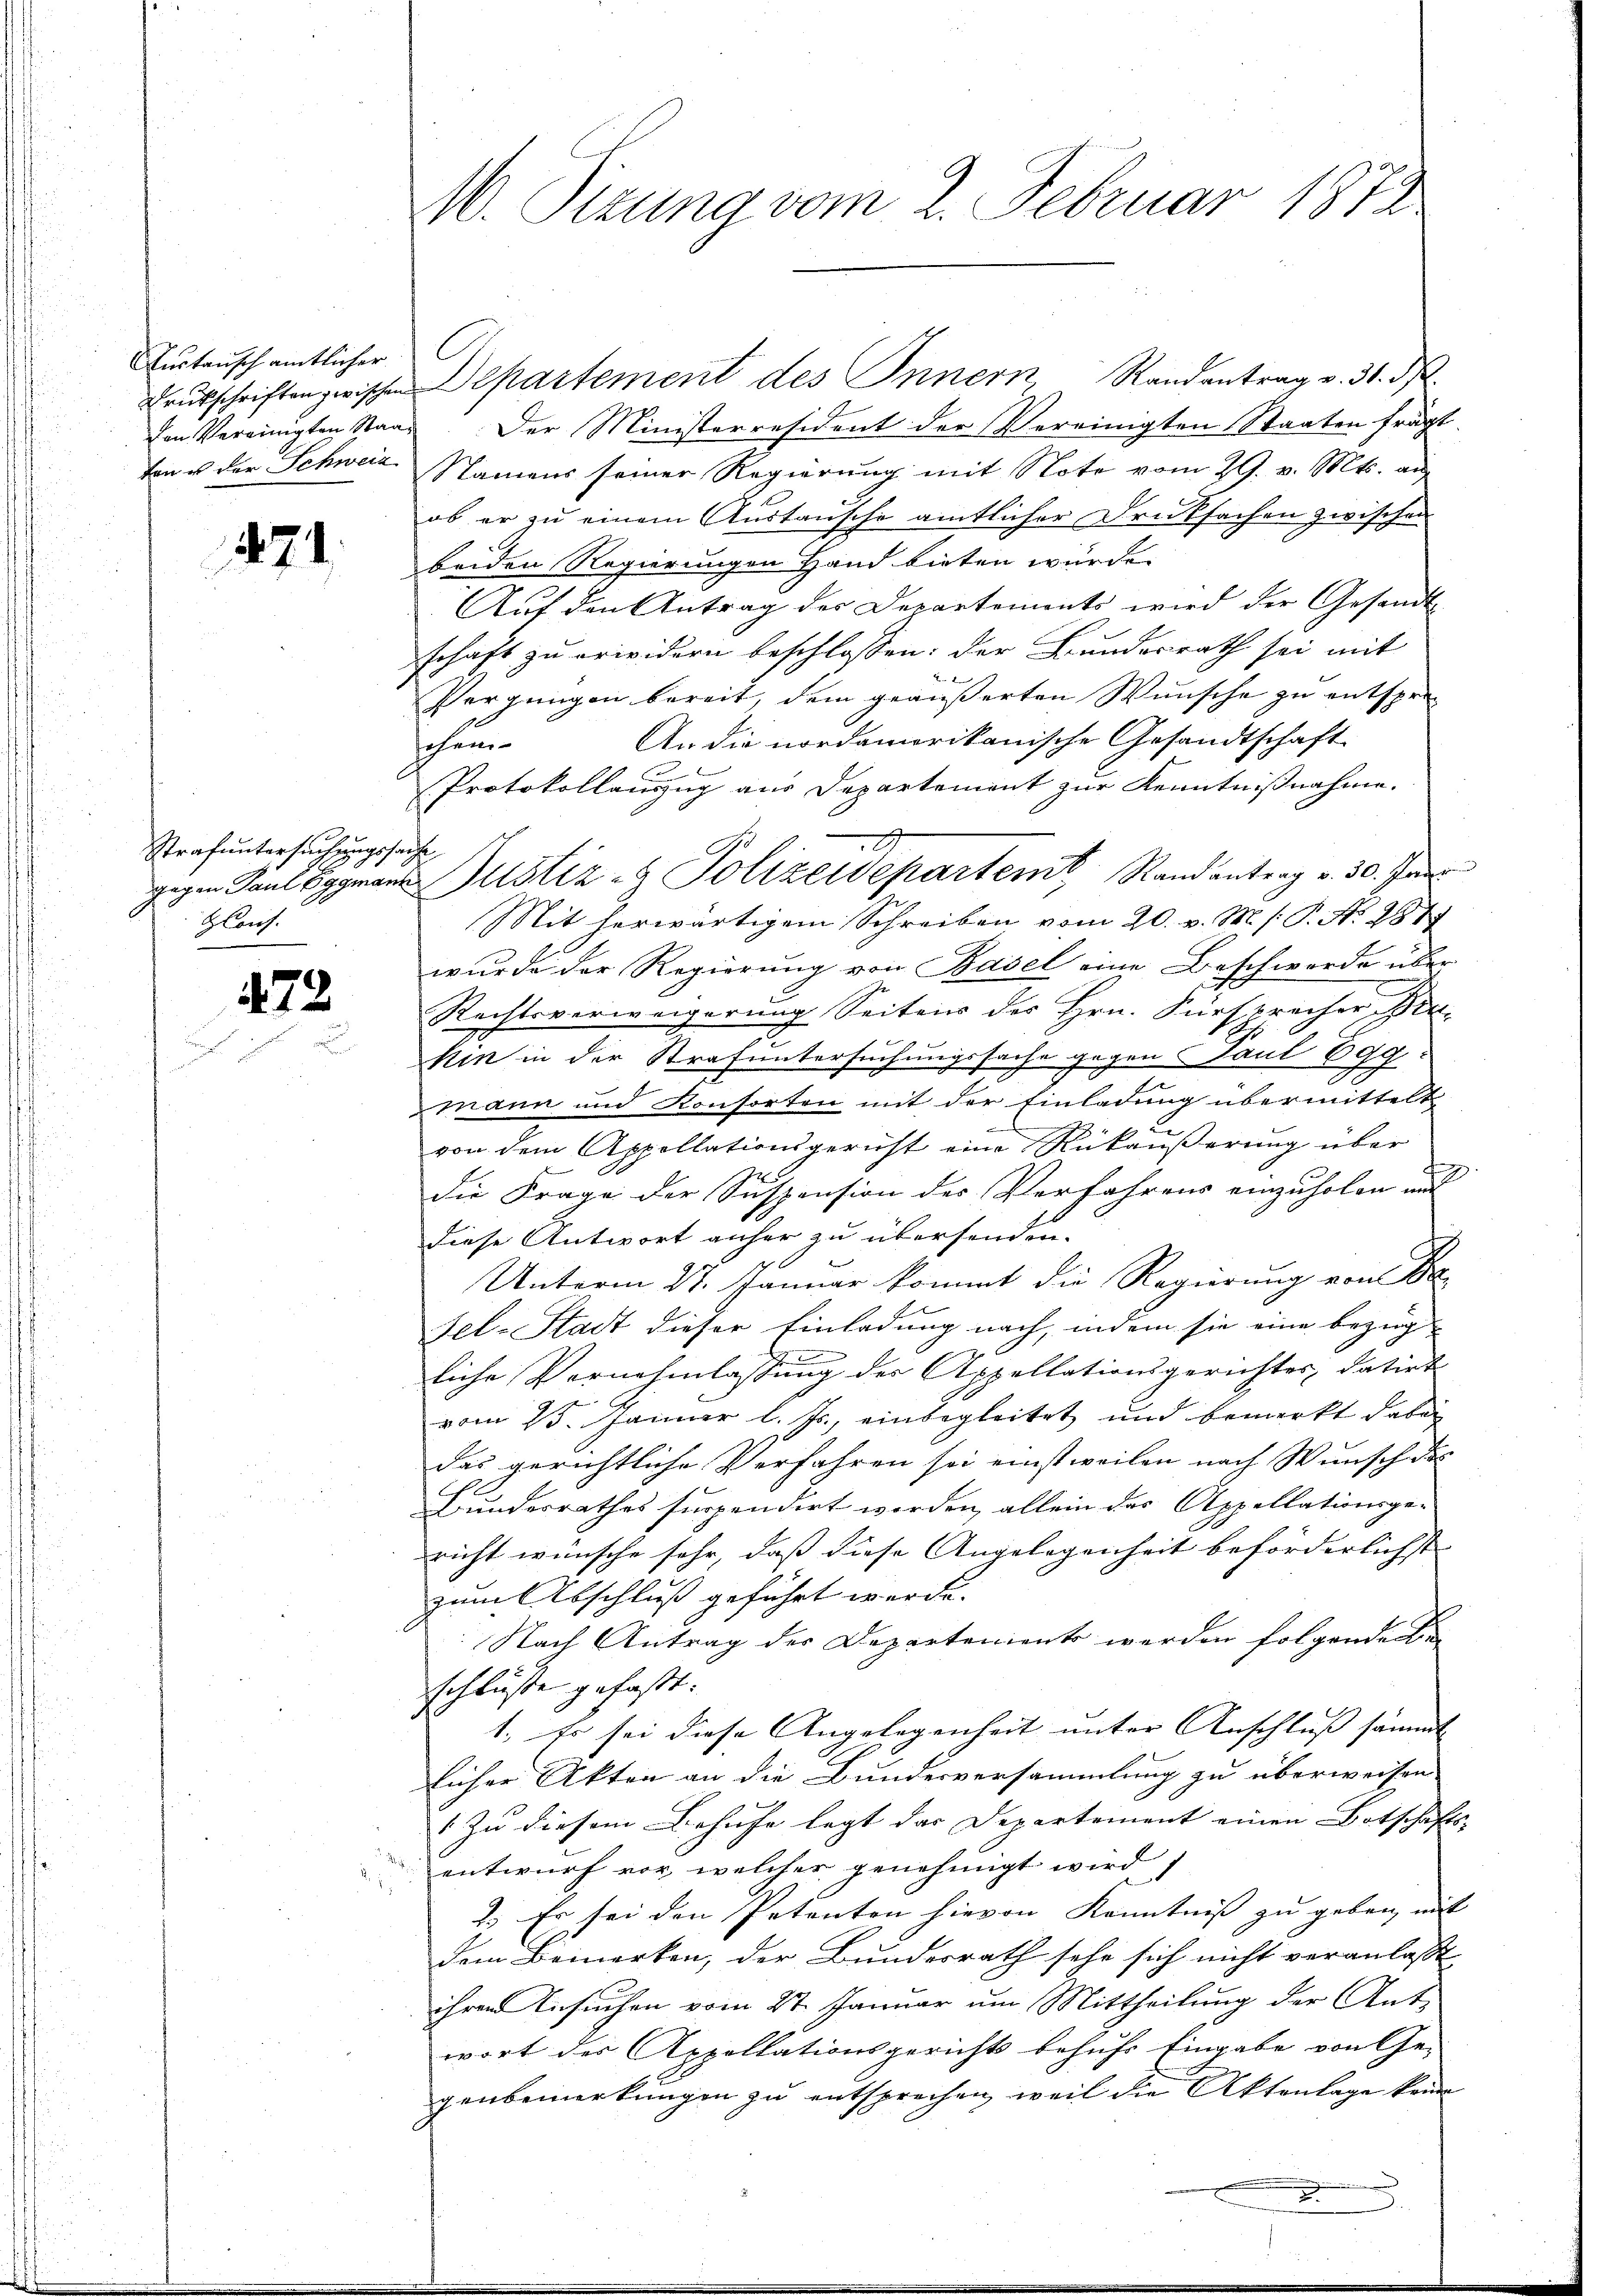
Gurtenschamtlicher

1471.

Strafuntersuchungssache
gegen Paul Eggmanz
lauch

472.

M. Sizung vom 2. Februar 1872

Drukschriften zwischen Departement des Innern, Randantrag v. 31. d.
den Vereinigten Staat. Der Ministerresident der Vereinigten Staaten frägt.
ton us der Schweiz Namens seiner Regierung mit Note vom 29. v. Mts. an
ob er zu einem Austausche amtlicher Drucksachen zwischen
beiden Regierungen Hand bieten würde.
Auf den Antrag der Departements wird der Gesandts
schaft zu erwidern beschlossen: der Bundesrath sei mit
Pergnügen bereit, dem geäußerten Wunsche zu entspre¬
An die nordamerikanische Gesandtschaft
schein
B
Protokollanzug aus Departement zur Kenntnißnahme.
Mit herwärtigem Schreiben vom 20. v. M. h. T. No 287
wurde der Regierung von Basel eine Beschwerde über
s
2
Rechtsverweigerung Seitens des Hrn. Fürsprecher Per-
hin in der Strafuntersuchungssache gegen Paul 699.
mann und Konsorten mit der Einladung übermittelt
von dem Appellationsgericht eine Rükäußerung über
die Frage der Suspension des Verfahrens einzuholen und
diese Antwort anher zu übersenden.
Unterm 27. Januar kommt die Regierung von E
sel-Stadt dieser Einladung nach, indem sie eine bezüg-
liche Vernehmlassung der Appellationsgerichtes, datirt
vom 25. Januar l. Js., einbegleitet und bemerkt dabei
das gerichtliche Verfahren sei einstweilen nach Wunsch des
Hundesrathes suspendirt werden, allein des Appellationsgericht wünsche sehr, daß diese Angelegenheit beförderlichst |
zum Abschluß geführt werde. |
Nach Antrag der Departements werden folgende e
schlüsse gefasst. |
1. Es sei diese Angelegenheit unter Anschluß sämmt- |
licher Akten an die Bundesversammlung zu überweisen.
Zu diesem Behufe legt das Departement einen Botschafts-
entwurf vor, welcher genehmigt wird,
2. Er sei den Petenten hievon Kenntniß zu geben, mit
dem Bemerken, der Bundesrath sehe sich nicht veranlasst
ihren Ansuchen vom 27. Januar um Mittheilung der Antwort des Appellationsgerichts behufs Eingabe von Ge-
genbemerkungen zu entsprechen, weil die Aktenlage keine

d
Justiz- & Polizeidepartent Randantrag v. 30. Jun